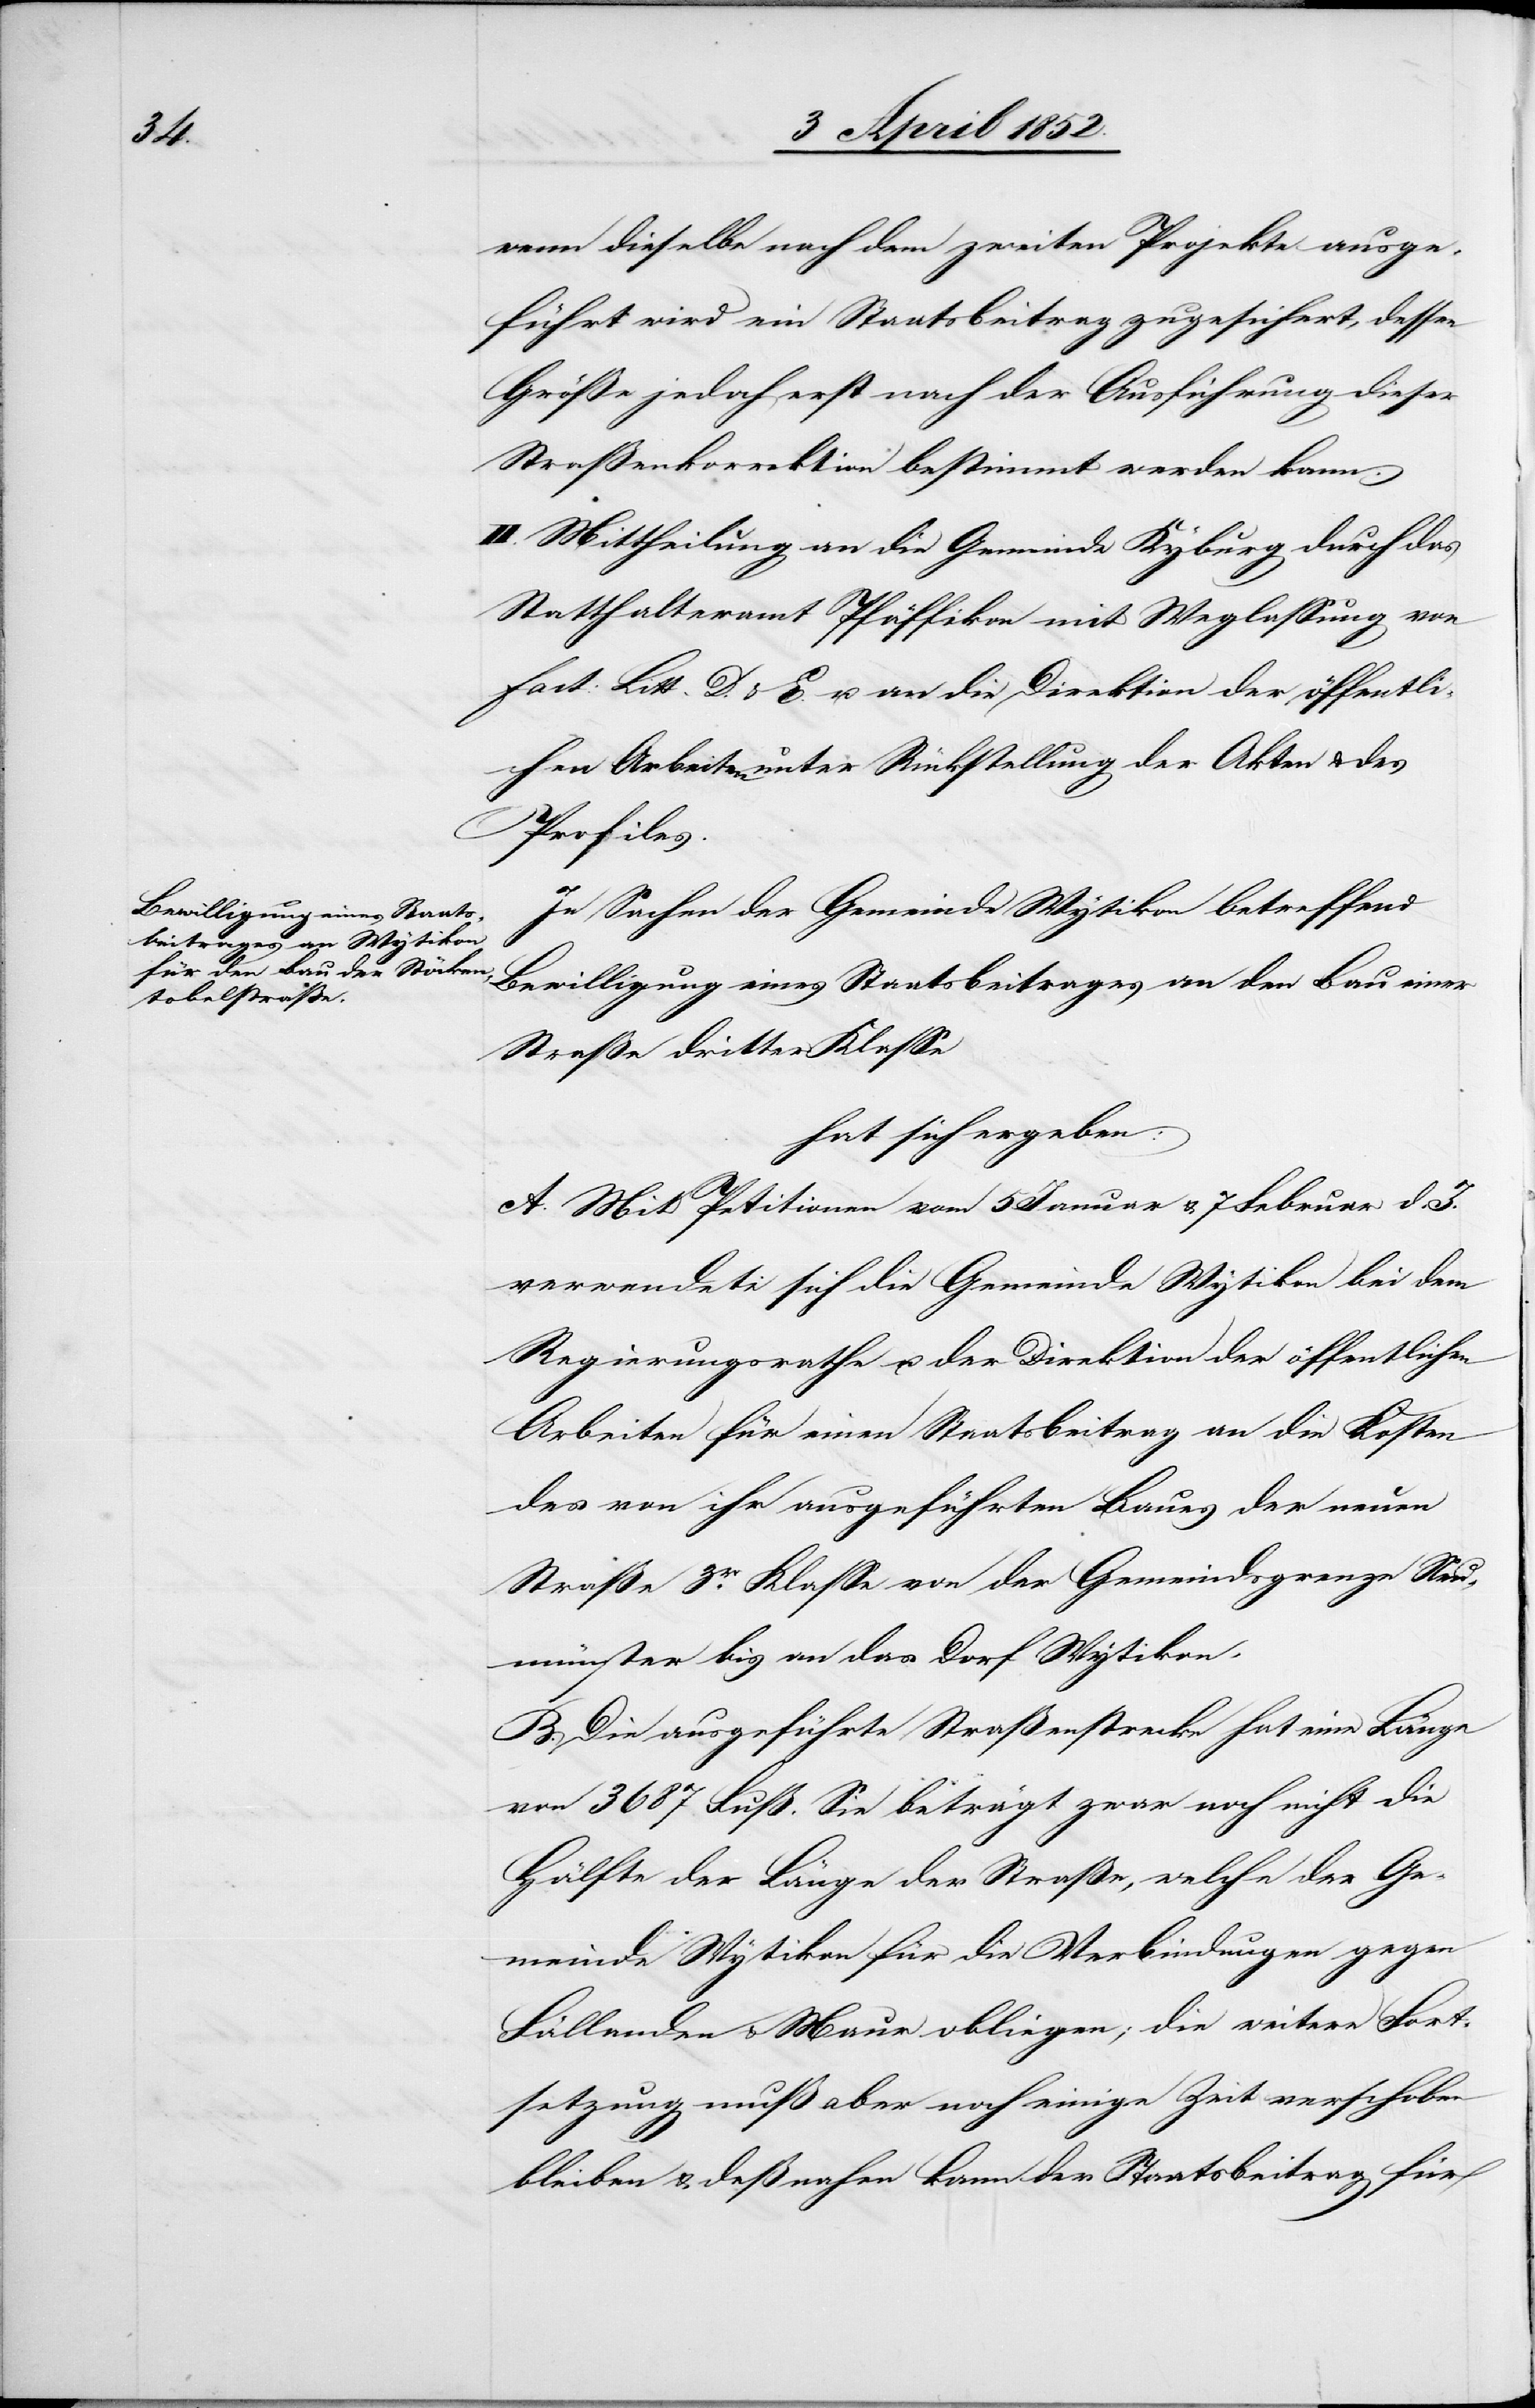
wenn dieselbe nach dem zweiten Projekte ausge¬
führt wird ein Staatsbeitrag zugesichert, dessen
Größe jedoch erst nach der Ausführung dieser
Straßenkorrektion bestimmt werden kann.
II. Mittheilung an die Gemeinde Kyburg durch das
Statthalteramt Pfäffikon mit Weglassung von
fact: Litt. D. & E. u. an die Direktion der öffentli¬
chen Arbeiten unter Rückstellung der Akten & des
Profiles.
In Sachen der Gemeinde Wytikon betreffend
Bewilligung eines Staatsbeitrages an den Bau einer
Straße dritter Klasse
hat sich ergeben:
A. Mit Petitionen vom 5 Januar & 7 Februar d. J.
verwendete sich die Gemeinde Wytikon bei dem
Regierungsrathe u. der Direktion der öffentlichen
Arbeiten für einen Staatsbeitrag an die Kosten
des von ihr ausgeführten Baues der neuen
Straße 3er. Klasse von der Gemeindsgrenze Neu¬
münster bis an das Dorf Wytikon.
B. Die ausgeführte Straßenstrecke hat eine Länge
von 3687 Fuß. Sie beträgt zwar noch nicht die
Hälfte der Länge der Straße, welche der Ge¬
meinde Wytikon für die Verbindungen gegen
Fällanden & Maur obliegen; die weitere Fort¬
setzung muß aber noch einige Zeit verschoben
bleiben & deßnahen kann der Staatsbeitrag für